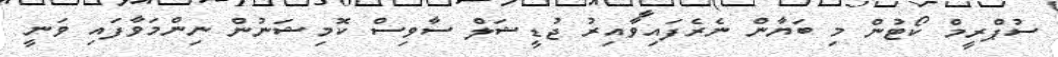
ސުޕްރީމް ކޯޓުން މި ބަޔާން ނެރެފައިވާއިރު ޖުޑީޝަލް ސާވިސް ކޮމިޝަނުން ނިންމަވާފައި ވަނީ